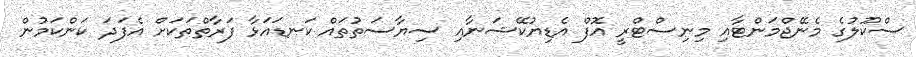
ސްކޫލުގެ މެނޭޖްމަންޓާއި މިނިސްޓްރީ އޮފް އެޑިޔުކޭޝަނާއި ސިޔާސަތުތައް ކަނޑައަޅާ ފަރާތްތަކަށް އެފަދަ ކަންކަމުން